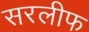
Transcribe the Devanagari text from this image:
सरलीफ